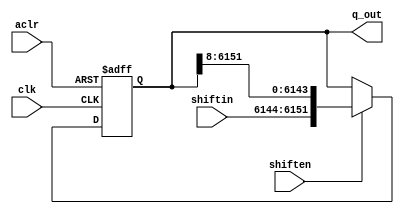

//chaning 6144 to 6145 and potentially more to deal with timing
module shiftreg_buf(
	input aclr,
	input clk,
	input [7:0] shiftin,//right most bit is lsb or earliest bit
	input shiften,
	output [6151:0] q_out
	);
	
	reg [6151:0] mem;
	
	initial begin
		mem <= 6152'b0;
	end
	// async clear
	// Shift right by 8 bits every clock cycle
	always@(posedge clk or posedge aclr) begin
		if (aclr) begin
			mem <= 6152'b0;
		end
		else begin
			mem <= shiften?{shiftin, mem[6151:8]}:mem;
		end
	end
	
	assign q_out = mem;
	// assign q_1056 = mem[6143:5088];
	// assign shiftout = mem[7:0];
	
endmodule